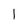
Character: I